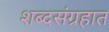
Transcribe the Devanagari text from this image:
शब्दसंग्रहात